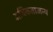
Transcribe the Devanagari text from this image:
अधिकताजन्य